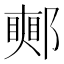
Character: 𨞜